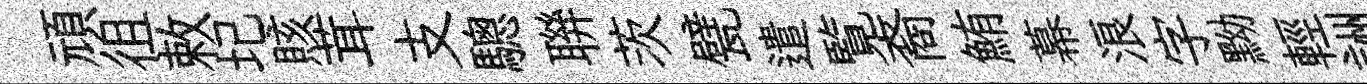
頑徂敕圮賅茸支驄聨茨甓遣覧裔鮪幕浪字黝輕詶